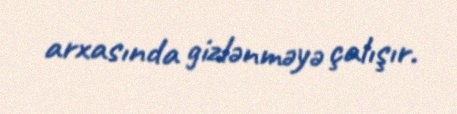
arxasında gizlənməyə çalışır.